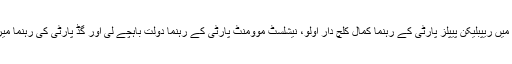
صدر ِ ترکی نے پیس سپرنگ آپریشن کے بارے میں ریپبلیکن پیپلز پارٹی کے رہنما کمال کلچ دار اولو، نیشلسٹ موومنٹ پارٹی کے رہنما دولت باہچے لی اور گڈ پارٹی کی رہنما میرال آکشنر کو ٹیلی فون پر معلومات فراہم کی ہیں۔